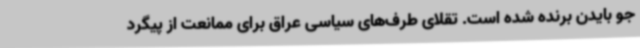
جو بایدن برنده شده است. تقلای طرف‌های سیاسی عراق برای ممانعت از پیگرد